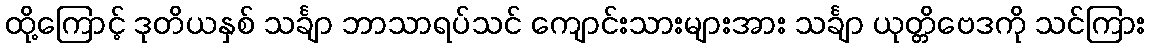
ထို့ကြောင့် ဒုတိယနှစ် သင်္ချာ ဘာသာရပ်သင် ကျောင်းသားများအား သင်္ချာ ယုတ္တိဗေဒကို သင်ကြား